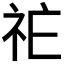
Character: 𱵇